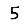
Digit: 5